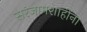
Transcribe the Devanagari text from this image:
सरंजामशाहींना